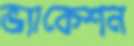
ভ্যাকেশন